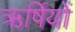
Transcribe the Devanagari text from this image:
ऋर्षियों